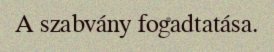
A szabvány fogadtatása.